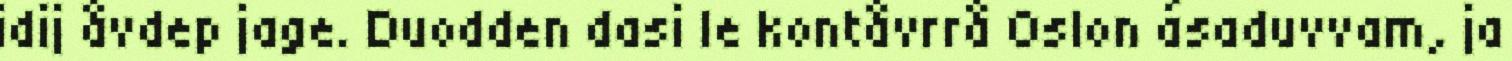
idij åvdep jage. Duodden dasi le kontåvrrå Oslon ásaduvvam, ja